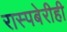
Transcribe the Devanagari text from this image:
रास्पबेरीही